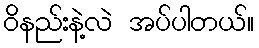
ဝိနည်းနဲ့လဲ အပ်ပါတယ်။